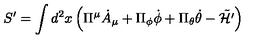
S ^ { \prime } = \int d ^ { 2 } x \left( \Pi ^ { \mu } { \dot { A } } _ { \mu } + \Pi _ { \phi } { \dot { \phi } } + \Pi _ { \theta } { \dot { \theta } } - \tilde { \cal H ^ { \prime } } \right)